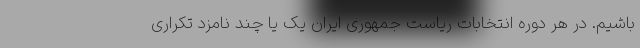
باشیم. در هر دوره انتخابات ریاست جمهوری ایران یک یا چند نامزد تکراری